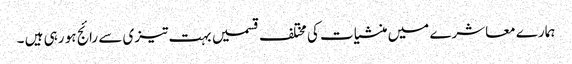
ہمارے معاشرے میں منشیات کی مختلف قسمیں بہت تیزی سے رائج ہو رہی ہیں ۔